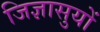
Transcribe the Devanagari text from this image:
जिज्ञासुयों